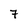
Character: 7